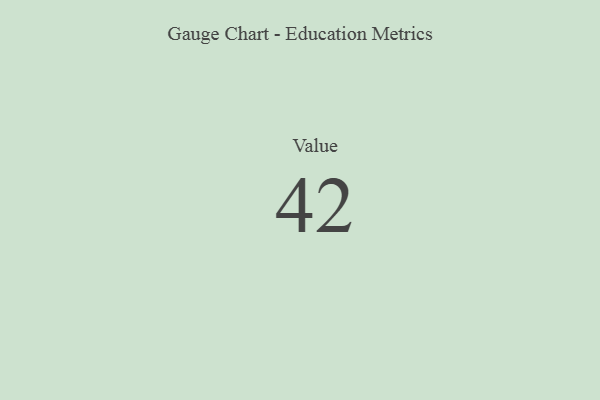
{"axis": {"x": "Metric", "y": "Value"}, "legend": [""], "data": [{"x": "Value", "y": 42, "type": ""}]}